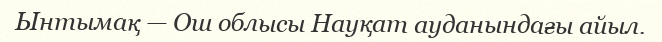
Ынтымақ — Ош облысы Науқат ауданындағы айыл.